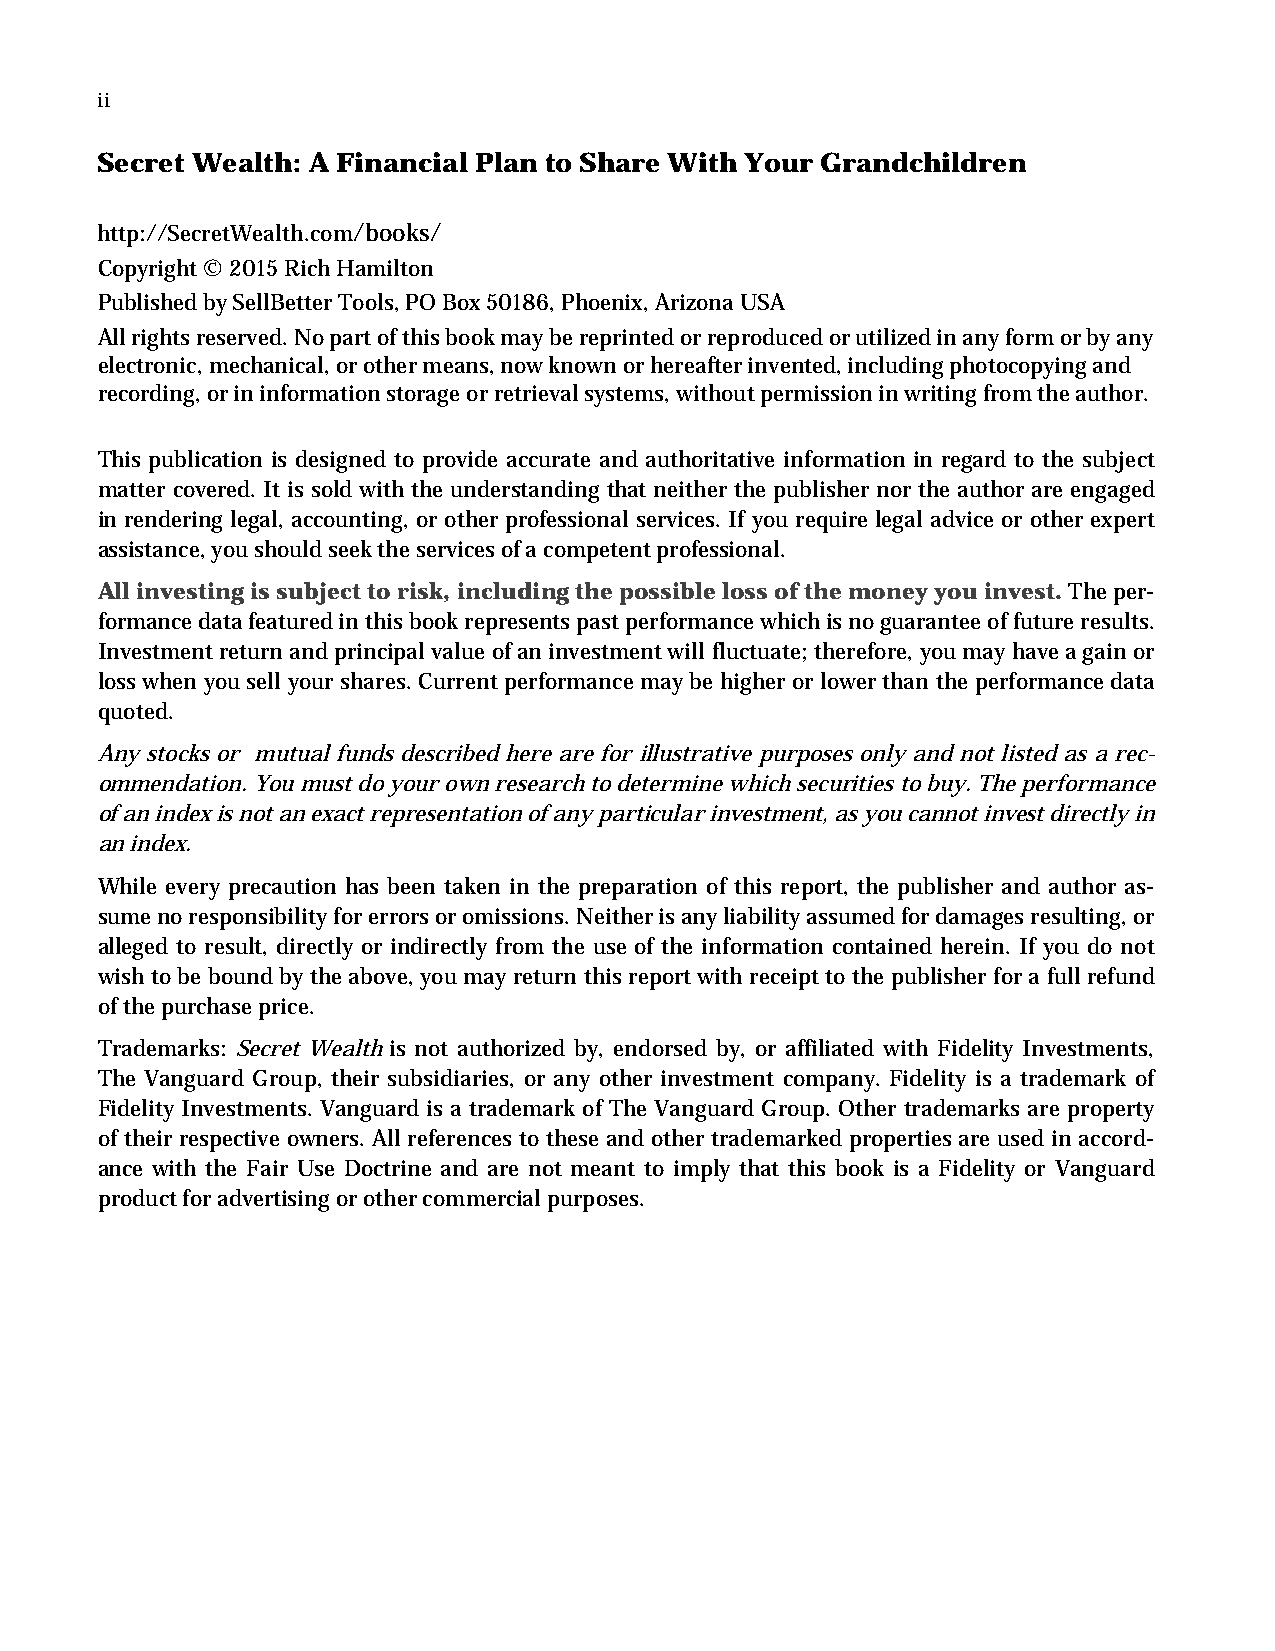
ii
 Secret Wealth: A Financial Plan to Share With Your Grandchildren
 http://SecretWealth.com/books/
 Copyright © 2015 Rich Hamilton
 Published by SellBetter Tools, PO Box 50186, Phoenix, Arizona USA
 All rights reserved. No part of this book may be reprinted or reproduced or utilized in any form or by any
 electronic, mechanical, or other means, now known or hereafter invented, including photocopying and
 recording, or in information storage or retrieval systems, without permission in writing from the author.
 This publication is designed to provide accurate and authoritative information in regard to the subject
 matter covered. It is sold with the understanding that neither the publisher nor the author are engaged
 in rendering legal, accounting, or other professional services. If you require legal advice or other expert
 assistance, you should seek the services of a competent professional.
 All investing is subject to risk, including the possible loss of the money you invest. The per-
 formance data featured in this book represents past performance which is no guarantee of future results.
 Investment return and principal value of an investment will fluctuate; therefore, you may have a gain or
 loss when you sell your shares. Current performance may be higher or lower than the performance data
 quoted.
 Any stocks or mutual funds described here are for illustrative purposes only and not listed as a rec-
 ommendation. You must do your own research to determine which securities to buy. The performance
 of an index is not an exact representation of any particular investment, as you cannot invest directly in
 an index.
 While every precaution has been taken in the preparation of this report, the publisher and author as-
 sume no responsibility for errors or omissions. Neither is any liability assumed for damages resulting, or
 alleged to result, directly or indirectly from the use of the information contained herein. If you do not
 wish to be bound by the above, you may return this report with receipt to the publisher for a full refund
 of the purchase price.
 Trademarks: Secret Wealth is not authorized by, endorsed by, or affiliated with Fidelity Investments,
 The Vanguard Group, their subsidiaries, or any other investment company. Fidelity is a trademark of
 Fidelity Investments. Vanguard is a trademark of The Vanguard Group. Other trademarks are property
 of their respective owners. All references to these and other trademarked properties are used in accord-
 ance with the Fair Use Doctrine and are not meant to imply that this book is a Fidelity or Vanguard
 product for advertising or other commercial purposes.